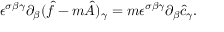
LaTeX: \epsilon ^ { \sigma \beta \gamma } \partial _ { \beta } ( \hat { f } - m \hat { A } ) _ { \gamma } = m \epsilon ^ { \sigma \beta \gamma } \partial _ { \beta } \hat { c } _ { \gamma } .